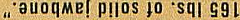
165 lbs. of solid jawbone."